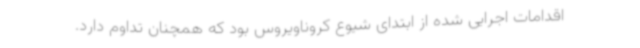
اقدامات اجرایی شده از ابتدای شیوع کروناویروس بود که همچنان تداوم دارد.